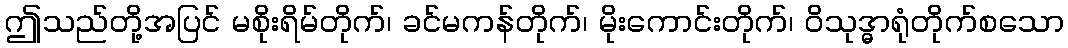
ဤသည်တို့အပြင် မစိုးရိမ်တိုက်၊ ခင်မကန်တိုက်၊ မိုးကောင်းတိုက်၊ ဝိသုဒ္ဓာရုံတိုက်စသော